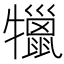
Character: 犣